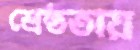
শ্রেষ্ঠতায়